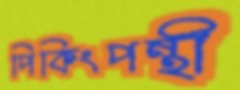
পিকিংপন্থী